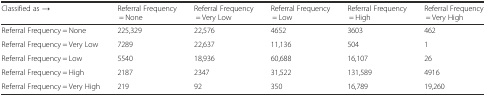
| Classified as → | Referral Frequency = None | Referral Frequency = Very Low | Referral Frequency = Low | Referral Frequency = High | Referral Frequency = Very High |
 | --- | --- | --- | --- | --- | --- |
 | Referral Frequency = None | 225,329 | 22,576 | 4652 | 3603 | 462 |
 | Referral Frequency = Very Low | 7289 | 22,637 | 11,136 | 504 | 1 |
 | Referral Frequency = Low | 5540 | 18,936 | 60,688 | 16,107 | 26 |
 | Referral Frequency = High | 2187 | 2347 | 31,522 | 131,589 | 4916 |
 | Referral Frequency = Very High | 219 | 92 | 350 | 16,789 | 19,260 |